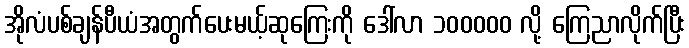
အိုလံပစ်ချန်ပီယံအတွက်ပေးမယ့်ဆုကြေးကို ဒေါ်လာ ၁၀၀၀၀၀ လို့ ကြေညာလိုက်ပြီး